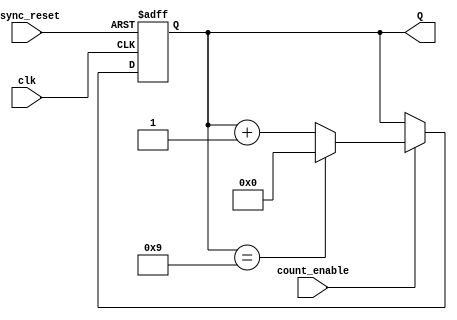
module BCD_Asynchronous_Counter (
    input wire clk,            // Clock input
    input wire count_enable,   // Count enable input
    input wire async_reset,    // Asynchronous reset input
    output reg [3:0] Q         // 4-bit output for BCD count
);

    // Asynchronous reset and counting logic
    always @(posedge clk or posedge async_reset) begin
        if (async_reset) begin
            Q <= 4'b0000; // Reset the counter to 0000
        end else if (count_enable) begin
            if (Q == 4'b1001) begin
                Q <= 4'b0000; // Reset to 0000 when reaching 10
            end else begin
                Q <= Q + 1; // Increment the counter
            end
        end
    end

endmodule